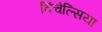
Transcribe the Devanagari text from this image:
विंचेल्सिया